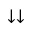
\downarrow \downarrow